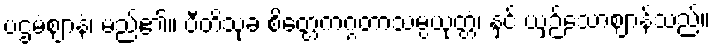
ပဌမံဈာနံ၊ မည်၏။ ပီတိသုခ စိတ္တေကဂ္ဂတာသမ္ပယုတ္တံ၊ နှင့် ယှဉ်သောဈာန်သည်။